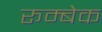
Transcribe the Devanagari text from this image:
रूम्बेक